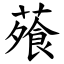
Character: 蕵